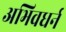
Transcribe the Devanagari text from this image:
अभिवधर्न